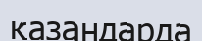
қазандарда